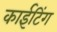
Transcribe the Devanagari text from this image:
काईटिंग